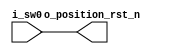

//   reset   
module position_reset_n(	o_position_rst_n,
				i_sw0);

output	o_position_rst_n	;
input	i_sw0	;

assign o_position_rst_n = i_sw0;

endmodule